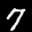
Label: 7